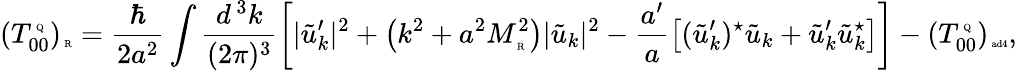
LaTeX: (T_{00}^{\mathrm{{\tiny~Q}}})_{\mathrm{{\tiny~R}}}=\frac{\hbar}{2a^{2}}\int\frac{d^{\, 3}k}{(2\pi)^{3}}\left[|\tilde{u}_{k}^{\prime}|^{2}+\left(k^{2}+a^{2}M_{\mathrm{{\tiny~R}}}^{2}\right)|\tilde{u}_{k}|^{2}-\frac{a^{\prime}}{a}\left[(\tilde{u}_{k}^{\prime})^{\star}\tilde{u}_{k}+\tilde{u}_{k}^{\prime}\tilde{u}_{k}^{\star}\right]\right]-(T_{00}^{\mathrm{{\tiny~Q}}})_{\mathrm{{\tiny~ad4}}},